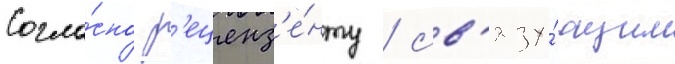
Согла́сно р'еценз'е́нту / св'язу́ющим